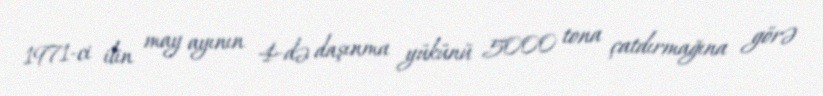
1971-ci ilin may ayının 4-də daşınma yükünü 5000 tona çatdırmağına görə